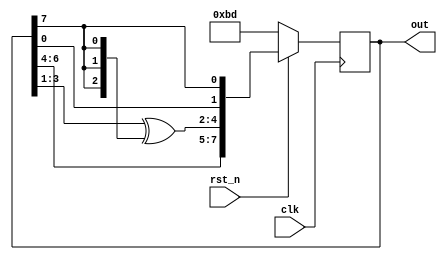
`timescale 1ns/1ps

module One_TO_Many_LFSR(clk, rst_n, out);
input clk;
input rst_n;
output reg [8-1:0] out;

wire [3-1:0] w;
assign w = out[3:1] ^ {3{out[7]}};

always @(posedge clk) begin
    if (rst_n)
        out <= {out[6:4], w, out[0], out[7]};
    else
        out <= 8'b10111101;
end

endmodule